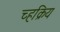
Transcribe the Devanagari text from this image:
च्हक्रिय